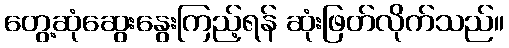
တွေ့ဆုံဆွေးနွေးကြည့်ရန် ဆုံးဖြတ်လိုက်သည်။